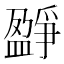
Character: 𤔷